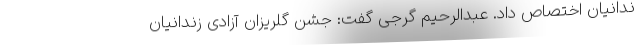
ندانیان اختصاص داد. عبدالرحیم گرجی گفت: جشن گلریزان آزادی زندانیان